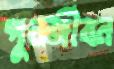
পুনর্জীবন